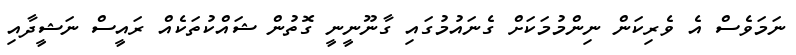
ނަމަވެސް އެ ވެރިކަން ނިންމުމަކަށް ގެނައުމުގައި ގާނޫނީނީ ގޮތުން ޝައްކުތަކެއް ރައީސް ނަޝީދާއި